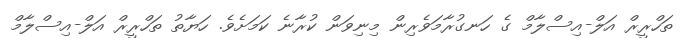
ތަހްރީރް އަލް-އިސްލާމް ގެ ހަނގުރާމަވެރިން މިނިވަން ކުރާނެ ކަމަށެވެ. ހަޔާތު ތަހްރީރް އަލް-އިސްލާމް